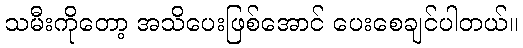
သမီးကိုတော့ အသိပေးဖြစ်အောင် ပေးစေချင်ပါတယ်။